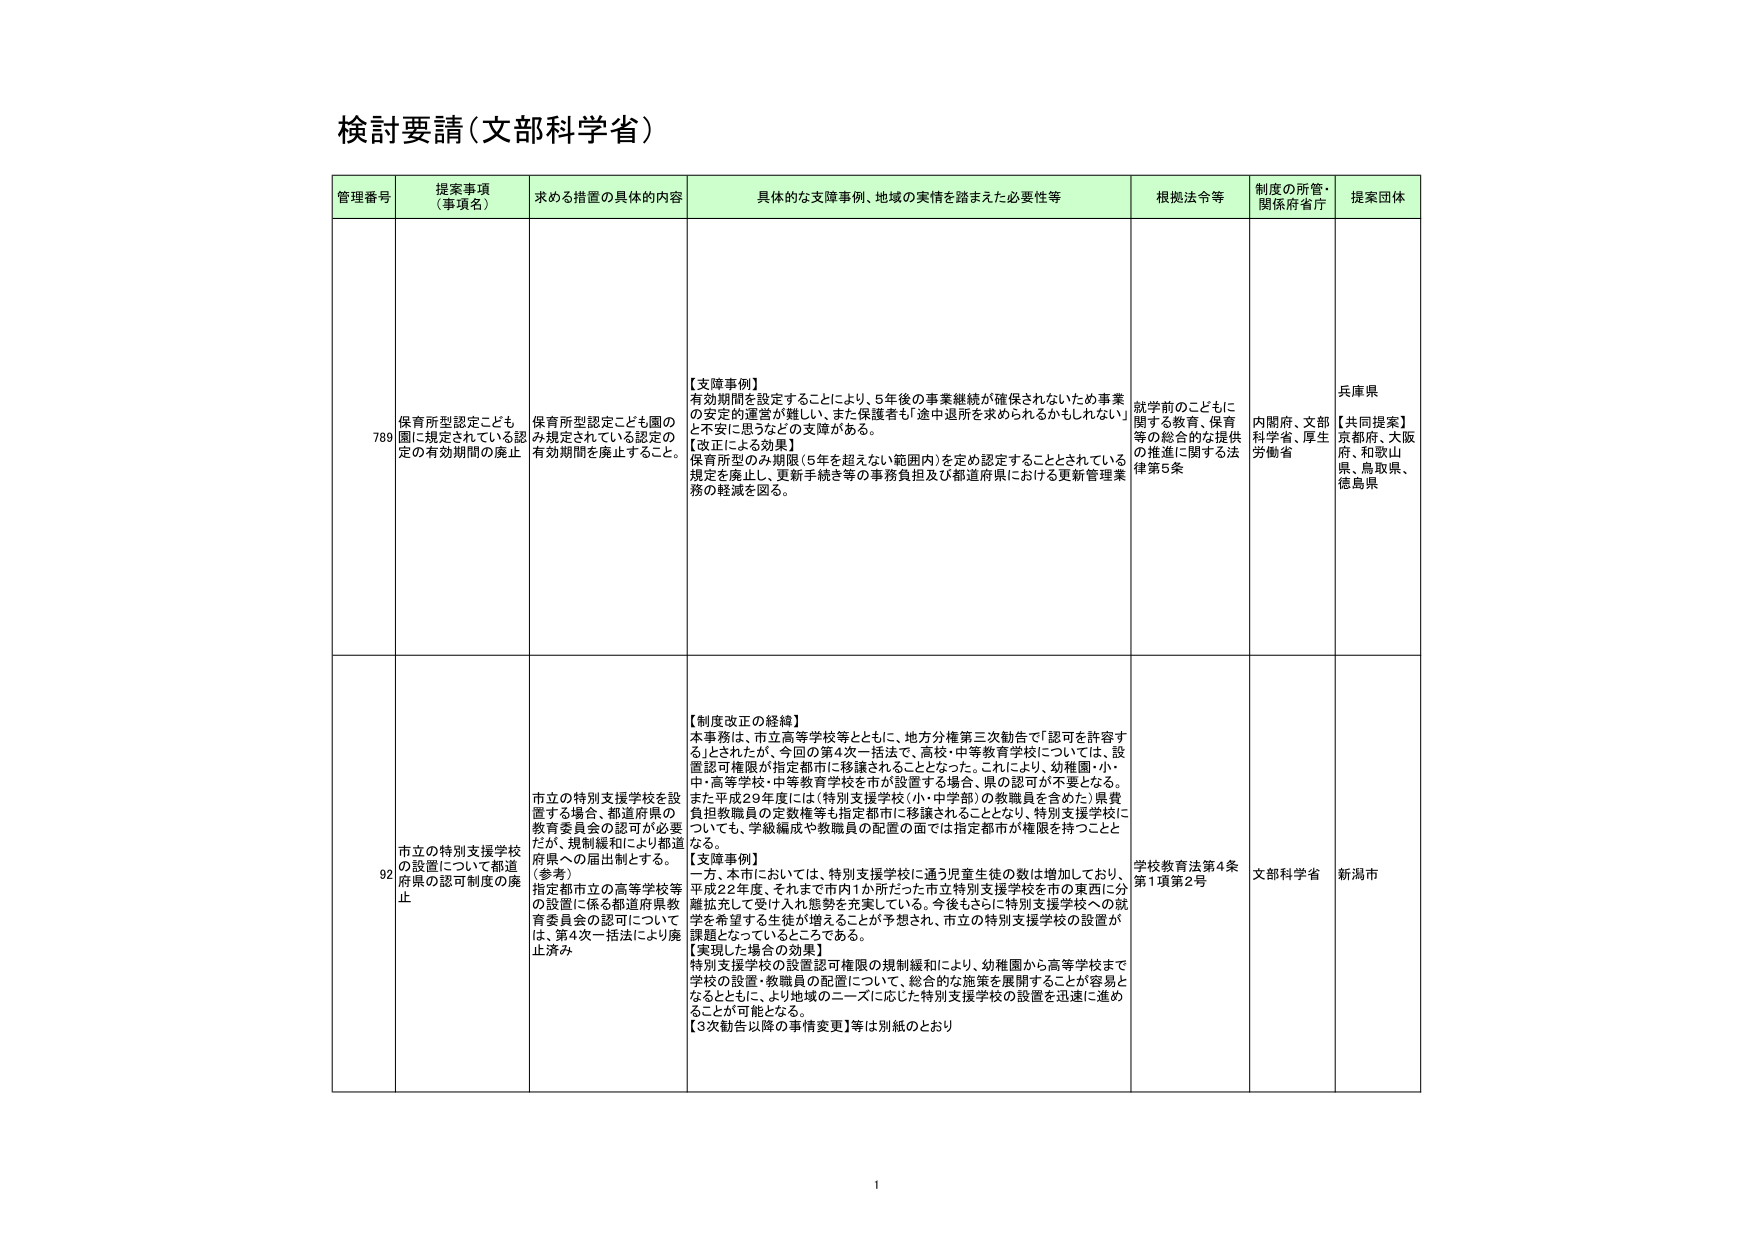
検討要請（文部科学省）

管理番号　提案事項（事項名）　求める措置の具体的内容　具体的な支障事例、地域の実情を踏まえた必要性等　根拠法令等　制度の所管・関係府省庁　提案団体

789　保育所型認定こども園に規定されている認定の有効期間の廃止　保育所型認定こども園のみ規定されている認定の有効期間を廃止すること。　【支障事例】有効期間を設定することにより、5年後の事業継続が確保されないため事業の安定的運営が難しい、また保護者が「途中退所を求められるかもしれない」と不安に思うなどの支障がある。【改正による効果】保育所型のみ期限（5年を超えない範囲内）を定め認定することとされている規定を廃止し、更新手続き等の事務負担及び都道府県における更新管理業務の軽減を図る。　就学前のこどもに関する教育、保育等の総合的な提供の推進に関する法律第5条　内閣府、文部科学省、厚生労働省　兵庫県【共同提案】京都府、大阪府、和歌山県、鳥取県、徳島県

92　市立の特別支援学校の設置について都道府県の認可制度の廃止　市立の特別支援学校を設置する場合、都道府県の教育委員会の認可が必要だが、規制緩和により都道府県への届出制とする。（参考）指定都市立の高等学校等の設置に係る都道府県教育委員会の認可については、第4次一括法により廃止済み　【制度改正の経緯】本事務は、市立高等学校等とともに、地方分権第三次勧告で「認可を許容する」とされたが、今回の第4次一括法で、高校・中等教育学校については、設置認可権限が指定都市に移譲されることとなった。これにより、幼稚園・小・中・高等学校・中等教育学校を市が設置する場合、県の認可が不要となる。また平成29年度には（特別支援学校（小・中学部）の教職員を含めた）県費負担教職員の定数権等も指定都市に移譲されることとなり、特別支援学校についても、学級編成や教職員の配置の面では指定都市が権限を持つこととなる。【支障事例】一方、本市においては、特別支援学校に通う児童生徒の数は増加しており、平成22年度、それまで市内1か所だった市立特別支援学校を市の東西に分離拡充して受け入れ態勢を充実している。今後もさらに特別支援学校への就学を希望する生徒が増えることが予想され、市立の特別支援学校の設置が課題となっているところである。【実現した場合の効果】特別支援学校の設置認可権限の規制緩和により、幼稚園から高等学校まで学校の設置・教職員の配置について、総合的な施策を展開することが容易となるとともに、より地域のニーズに応じた特別支援学校の設置を迅速に進めることができる。【3次勧告以降の事情変更】等は別紙のとおり　学校教育法第4条第1項第2号　文部科学省　新潟市

1